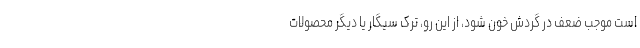
است موجب ضعف در گردش خون شود، از این رو، ترک سیگار یا دیگر محصولات